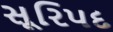
સૂરિપદ